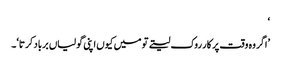
‘
’اگر وہ وقت پر کار روک لیتے تو میں کیوں اپنی گولیاں برباد کرتا‘۔